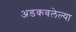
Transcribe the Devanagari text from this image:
अडकवलेल्या